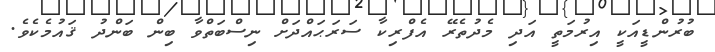
ބުރުންޑީއަކީ އިރުމަތީ އަދި މެދުތެރޭ އެފްރިކާ ސަރަޙައްދަށް ނިސްބަތްވާ ބިން ބަންދު ޤައުމެކެވެ.